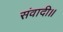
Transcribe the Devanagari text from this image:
संवादी॥